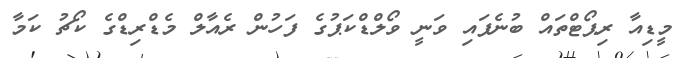
މީޑިއާ ރިޕޯޓްތައް ބުނެފައި ވަނީ ވޯލްޑްކަޕުގެ ފަހުން ރެއާލް މެޑްރިޑްގެ ކޯޗު ކަމާ